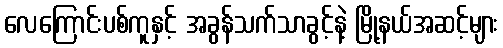
လေကြောင်းပစ်ကူနှင့် အခွန်သက်သာခွင့်နဲ့ မြို့နယ်အဆင့်များ